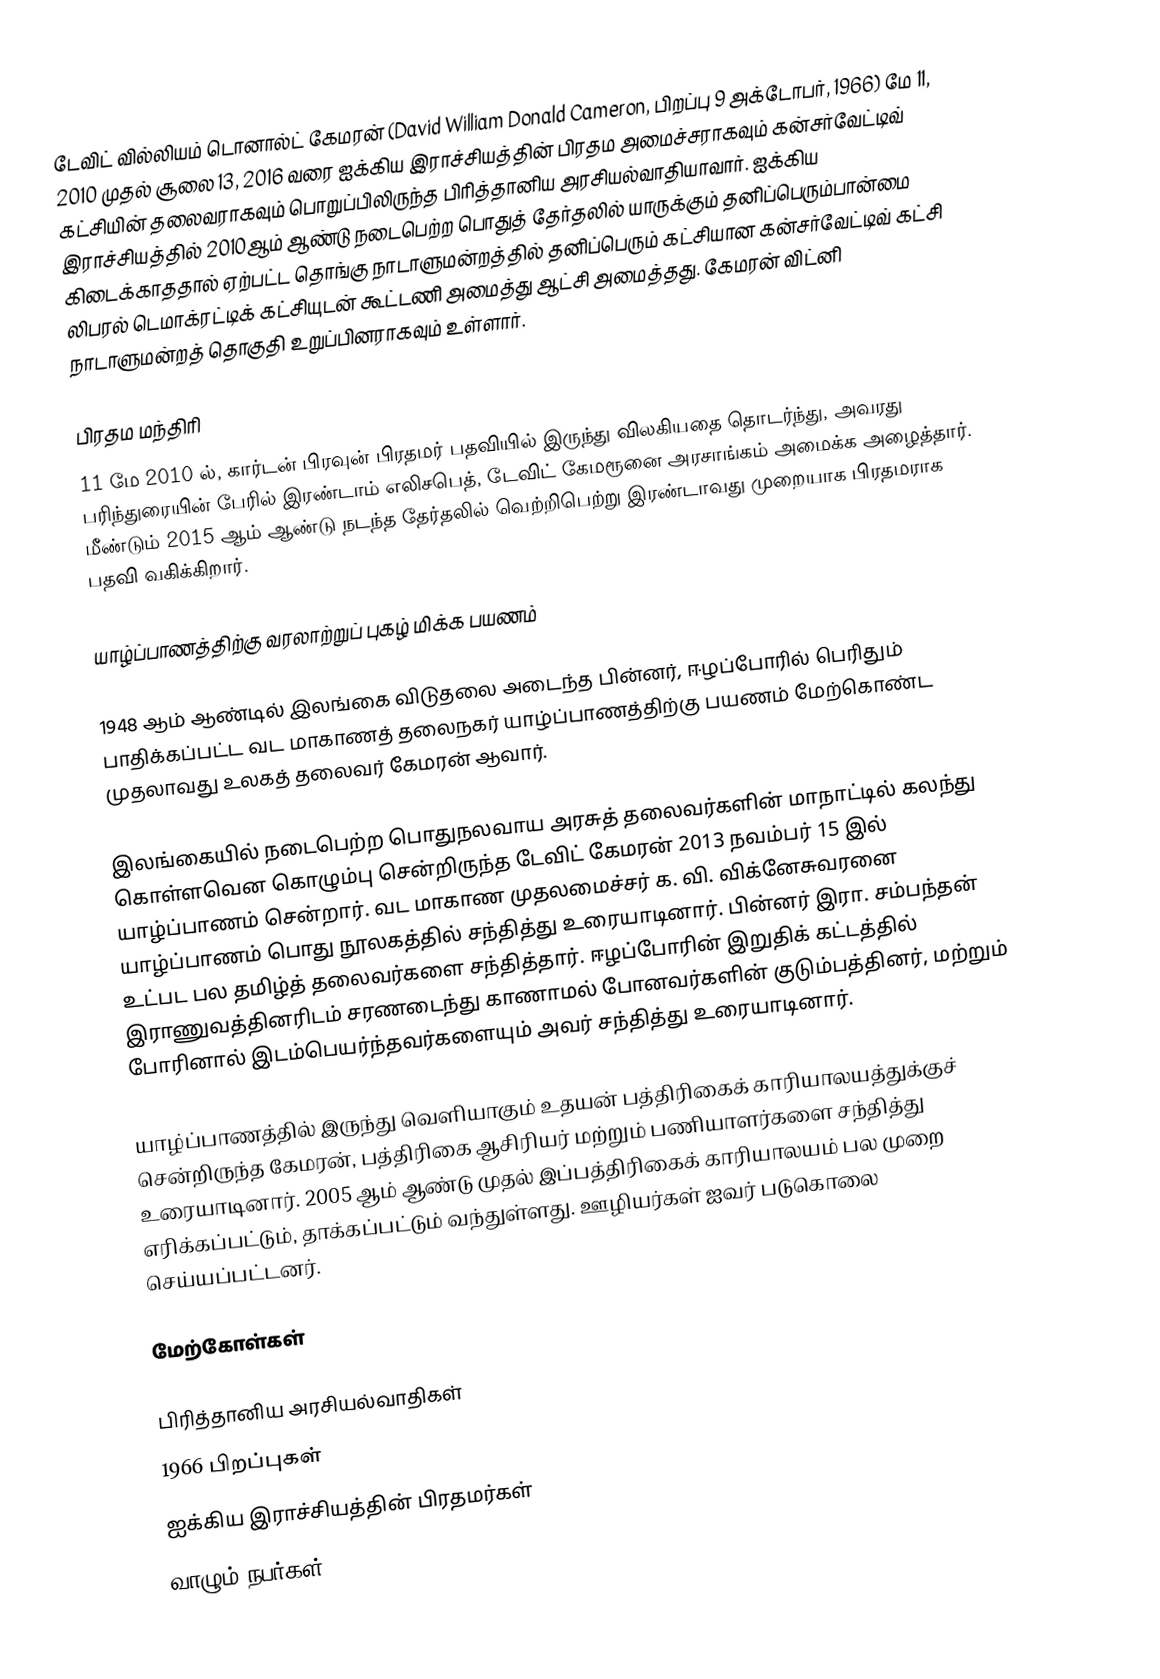
டேவிட் வில்லியம் டொனால்ட் கேமரன் (David William Donald Cameron, பிறப்பு 9 அக்டோபர், 1966) மே 11, 2010 முதல் சூலை 13, 2016 வரை ஐக்கிய இராச்சியத்தின்  பிரதம அமைச்சராகவும் கன்சர்வேட்டிவ் கட்சியின் தலைவராகவும் பொறுப்பிலிருந்த பிரித்தானிய அரசியல்வாதியாவார். ஐக்கிய இராச்சியத்தில் 2010ஆம் ஆண்டு நடைபெற்ற பொதுத் தேர்தலில் யாருக்கும் தனிப்பெரும்பான்மை கிடைக்காததால் ஏற்பட்ட தொங்கு நாடாளுமன்றத்தில் தனிப்பெரும் கட்சியான கன்சர்வேட்டிவ் கட்சி லிபரல் டெமாக்ரட்டிக் கட்சியுடன் கூட்டணி அமைத்து ஆட்சி அமைத்தது. கேமரன் விட்னி நாடாளுமன்றத் தொகுதி உறுப்பினராகவும் உள்ளார்.

பிரதம மந்திரி
11 மே 2010 ல், கார்டன் பிரவுன் பிரதமர் பதவியில் இருந்து விலகியதை தொடர்ந்து, அவரது பரிந்துரையின் பேரில் இரண்டாம் எலிசபெத், டேவிட் கேமரூனை அரசாங்கம் அமைக்க அழைத்தார். மீண்டும் 2015 ஆம் ஆண்டு நடந்த தேர்தலில் வெற்றிபெற்று இரண்டாவது முறையாக பிரதமராக பதவி வகிக்கிறார்.

யாழ்ப்பாணத்திற்கு வரலாற்றுப் புகழ் மிக்க பயணம்

1948 ஆம் ஆண்டில் இலங்கை விடுதலை அடைந்த பின்னர், ஈழப்போரில் பெரிதும் பாதிக்கப்பட்ட வட மாகாணத் தலைநகர் யாழ்ப்பாணத்திற்கு பயணம் மேற்கொண்ட முதலாவது உலகத் தலைவர் கேமரன் ஆவார்.

இலங்கையில் நடைபெற்ற பொதுநலவாய அரசுத் தலைவர்களின் மாநாட்டில் கலந்து கொள்ளவென கொழும்பு சென்றிருந்த டேவிட் கேமரன் 2013 நவம்பர் 15 இல் யாழ்ப்பாணம் சென்றார். வட மாகாண முதலமைச்சர் க. வி. விக்னேசுவரனை யாழ்ப்பாணம் பொது நூலகத்தில் சந்தித்து உரையாடினார். பின்னர் இரா. சம்பந்தன் உட்பட பல தமிழ்த் தலைவர்களை சந்தித்தார். ஈழப்போரின் இறுதிக் கட்டத்தில் இராணுவத்தினரிடம் சரணடைந்து காணாமல் போனவர்களின் குடும்பத்தினர், மற்றும் போரினால் இடம்பெயர்ந்தவர்களையும் அவர் சந்தித்து உரையாடினார்.

யாழ்ப்பாணத்தில் இருந்து வெளியாகும் உதயன் பத்திரிகைக் காரியாலயத்துக்குச் சென்றிருந்த கேமரன், பத்திரிகை ஆசிரியர் மற்றும் பணியாளர்களை சந்தித்து உரையாடினார். 2005 ஆம் ஆண்டு முதல் இப்பத்திரிகைக் காரியாலயம் பல முறை எரிக்கப்பட்டும், தாக்கப்பட்டும் வந்துள்ளது. ஊழியர்கள் ஐவர் படுகொலை செய்யப்பட்டனர்.

மேற்கோள்கள்

பிரித்தானிய அரசியல்வாதிகள்
1966 பிறப்புகள்
ஐக்கிய இராச்சியத்தின் பிரதமர்கள்
வாழும் நபர்கள்